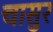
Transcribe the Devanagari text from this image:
चासुर